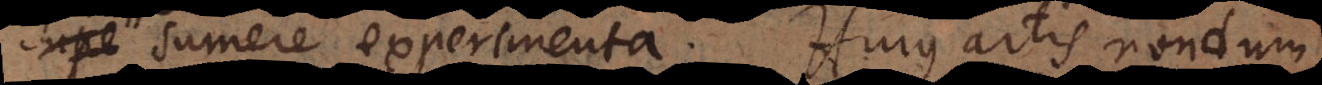
supe sumere experimenta. Hujus artis nondum